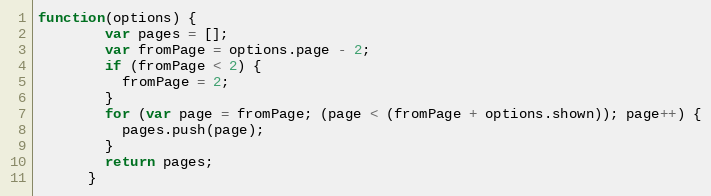
Language: JavaScript
function(options) {
        var pages = [];
        var fromPage = options.page - 2;
        if (fromPage < 2) {
          fromPage = 2;
        }
        for (var page = fromPage; (page < (fromPage + options.shown)); page++) {
          pages.push(page);
        }
        return pages;
      }